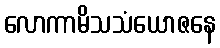
လောကာမိသသံယောဇနေ